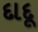
દાદૂ